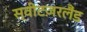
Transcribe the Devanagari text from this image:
स्वीटज़रलैंड